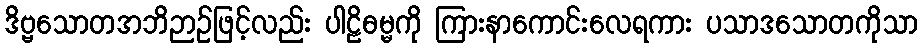
ဒိဗ္ဗသောတအဘိဉာဉ်ဖြင့်လည်း ပါဠိဓမ္မကို ကြားနာကောင်းလေရကား ပသာဒသောတကိုသာ